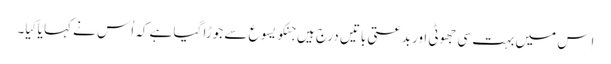
اِس میں بہت سی جھوٹی اور بدعتی باتیں درج ہیں جنکو یسوع سے جوڑا گیا ہے کہ اُس نے کہا یا کِیا۔